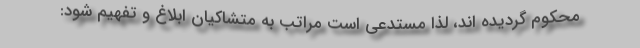
محکوم گردیده اند، لذا مستدعی است مراتب به متشاکیان ابلاغ و تفهیم شود: